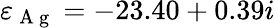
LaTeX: \varepsilon_{\mathrm{~A~g~}}=-23.40+0.39i